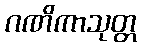
ဂဏိကာသုတ္တ